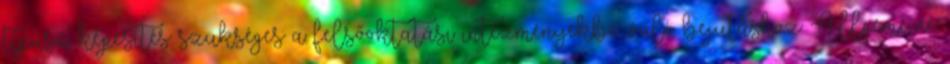
típusú képesítés szükséges a felsőoktatási intézményekbe való bejutáshoz: Allgemeine